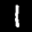
Label: 1